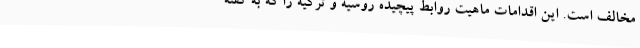
مخالف است. این اقدامات ماهیت روابط پیچیده روسیه و ترکیه را که به گفته